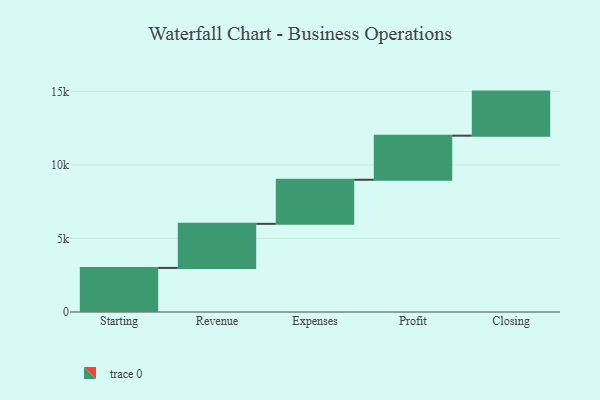
{"axis": {"x": "Step", "y": "Value"}, "legend": [""], "data": [{"x": "Starting", "y": 3000, "type": ""}, {"x": "Revenue", "y": 3000, "type": ""}, {"x": "Expenses", "y": 3000, "type": ""}, {"x": "Profit", "y": 3000, "type": ""}, {"x": "Closing", "y": 3000, "type": ""}]}